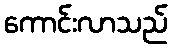
ကောင်းလာသည်